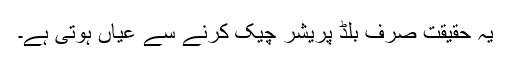
یہ حقیقت صرف بلڈ پریشر چیک کرنے سے عیاں ہوتی ہے۔